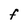
Character: F